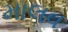
માલવ